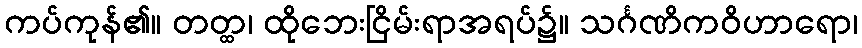
ကပ်ကုန်၏။ တတ္ထ၊ ထိုဘေးငြိမ်းရာအရပ်၌။ သင်္ဂဏိကဝိဟာရော၊